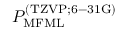
P _ { \mathrm { M F M L } } ^ { \mathrm { ( T Z V P ; 6 - 3 1 G ) } }